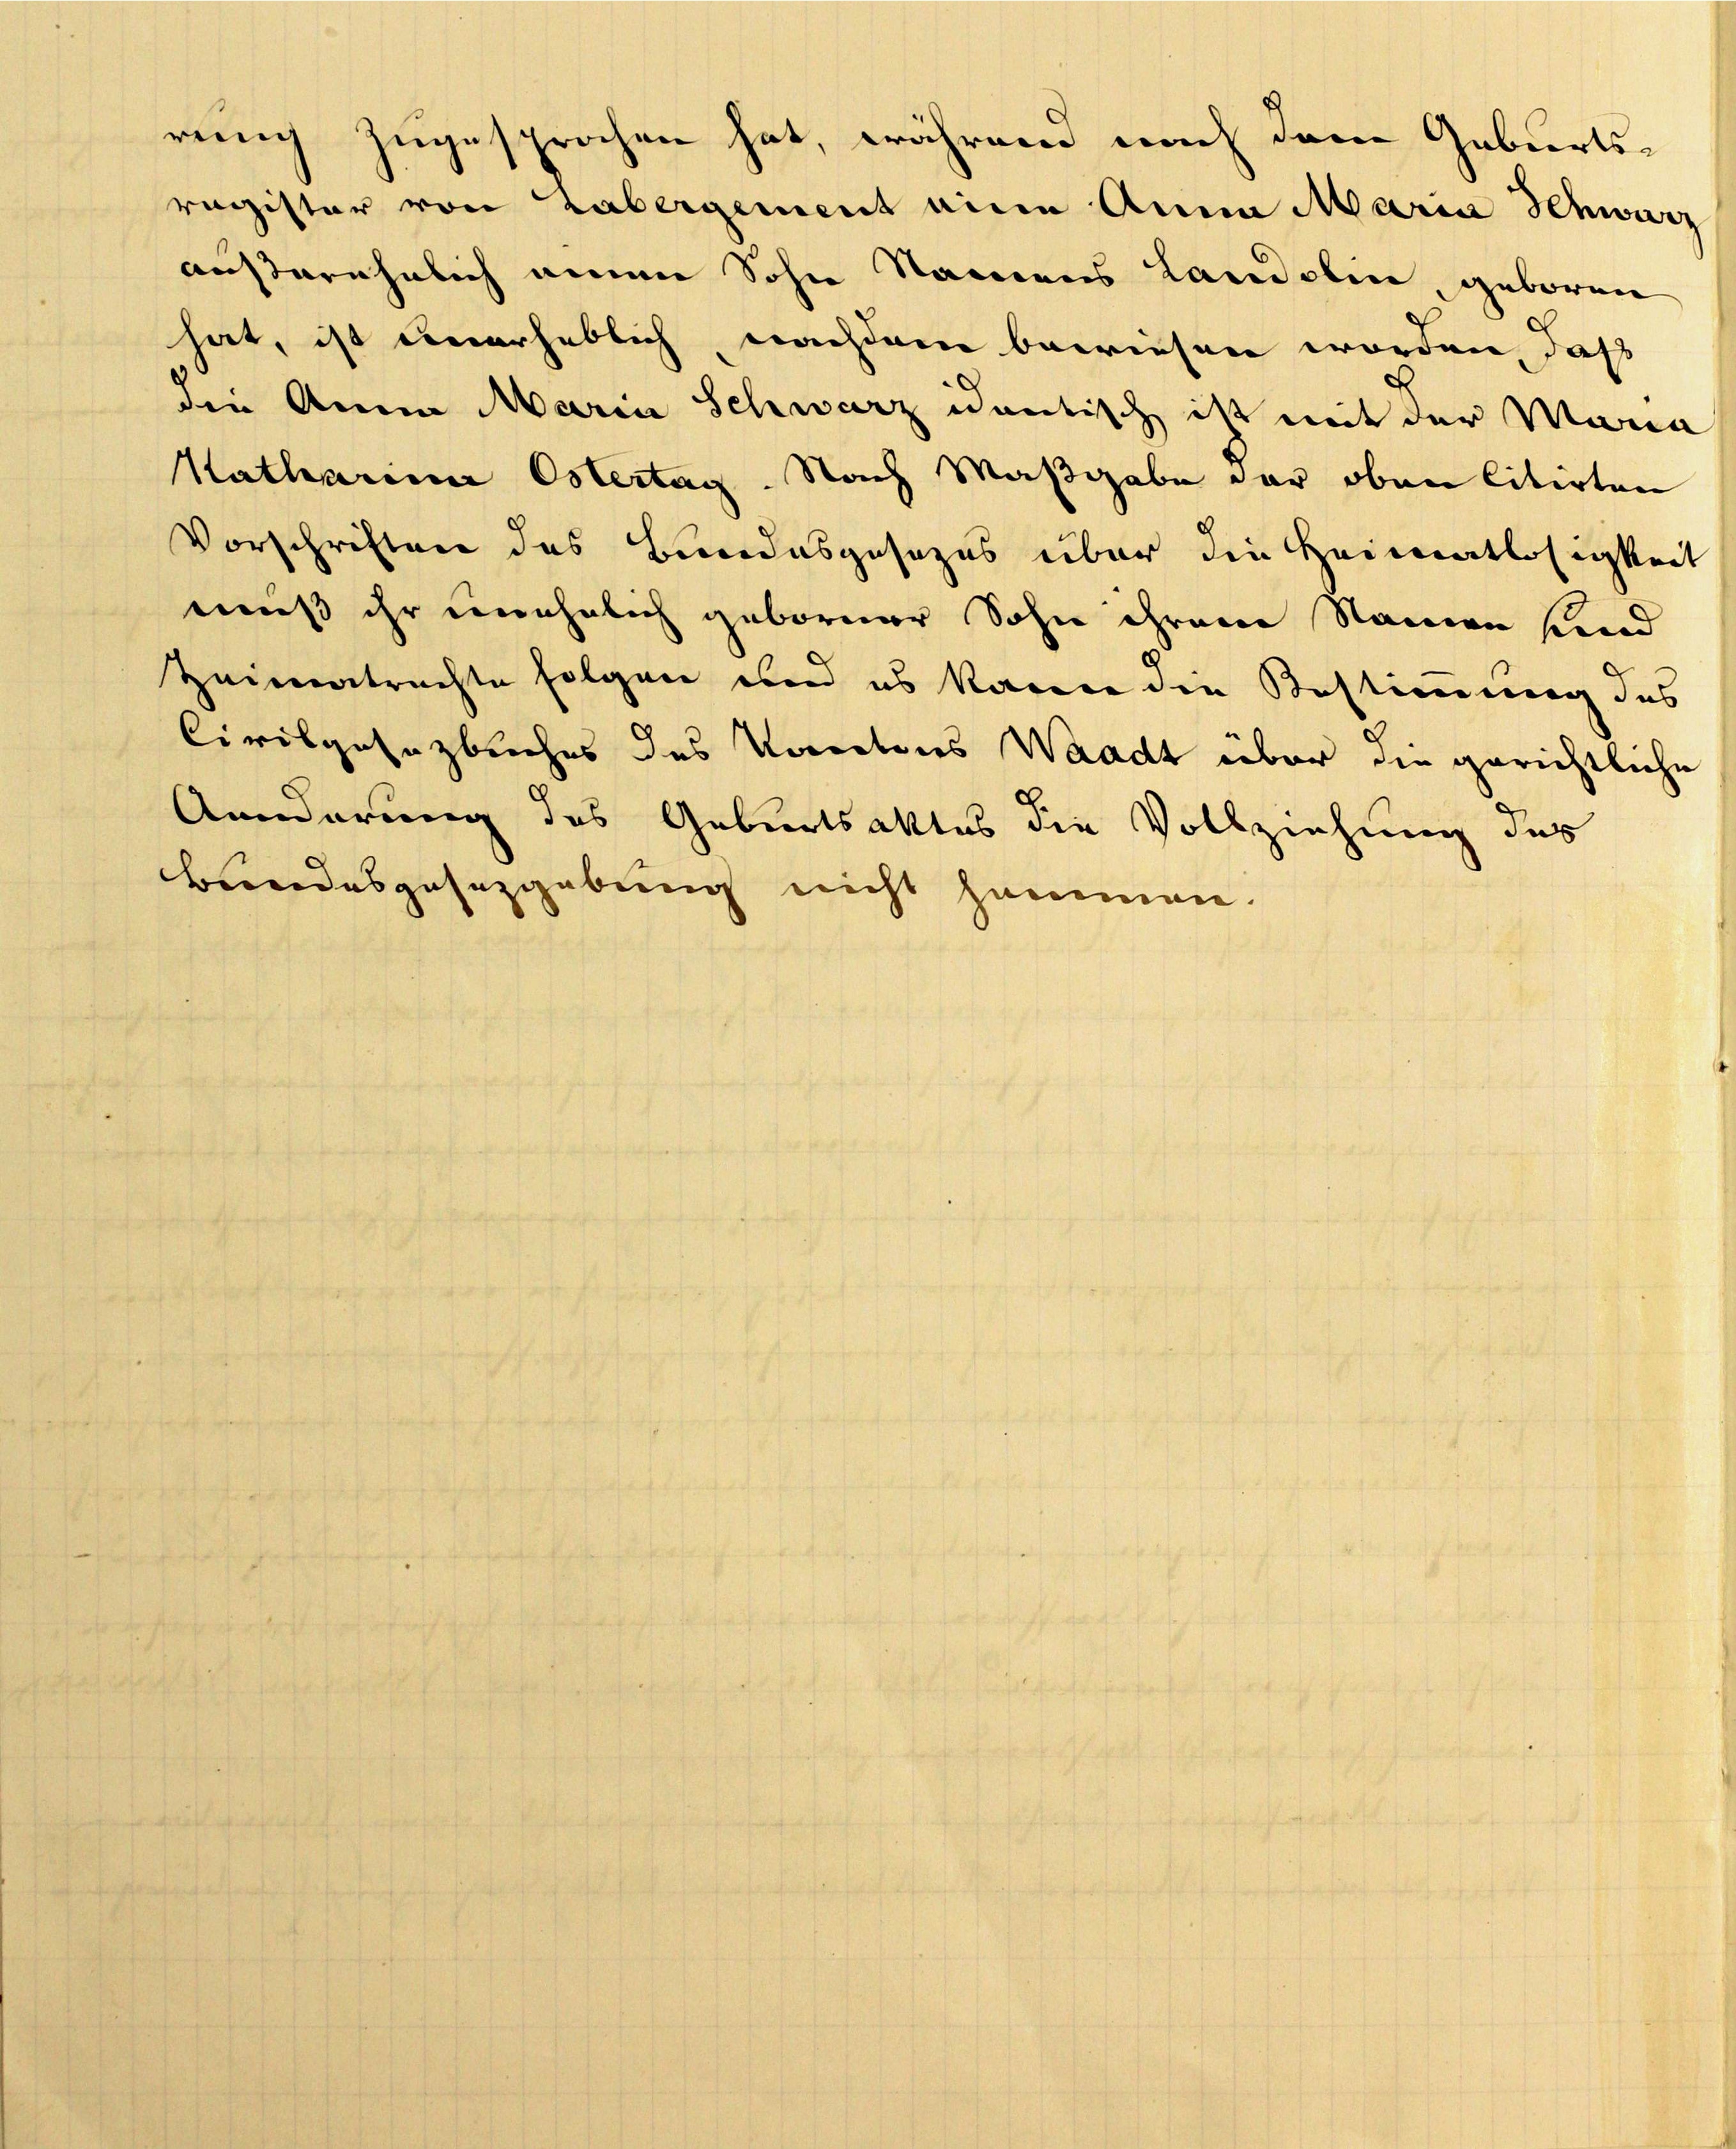
Vorschriften des Bundesgesezes über die Heimatlosigkeit
muß ihr unehelich geborner Sohn ihren Namen sind
Zeimatrachte folgen und es kann die Bestimmerung des
Civilgesezbuches des Vorectors Waadt über die gerichtliche
Annderung des Geburtsaktes die Vollziehung des
Bundesgesezgebung nicht sammen.

rung zugesprochen hat, während nach dem Geburtsragister von Labergement eine Anna Maria Schwarz
außerehelich einen Sohne Namens Landolin, geboren
hat, ist unerheblich nachdem bewiesen worden, daß
die Anna Maria Schwarz identisch ist mit der Maria
Katharina Ostertag. Nach Maßgabe der oben litirten